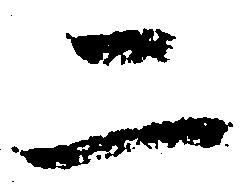
二